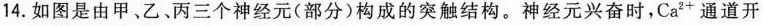
14. 如图是由甲、乙丙三个神经元(部分)构成的突触结构。神经元兴奋时，Ca^{2+}通道开